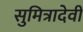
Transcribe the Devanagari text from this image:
सुमित्रादेवी